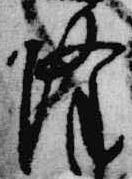
降